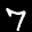
Label: 7